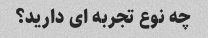
چه نوع تجربه ای دارید؟